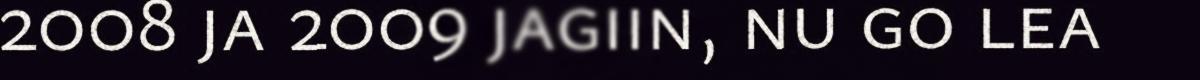
2008 ja 2009 jagiin, nu go lea